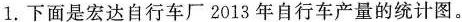
1.下面是宏达自行车厂2013年自行车产量的统计图。